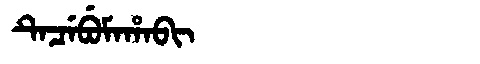
Manchu: ᡨᡝᠴᡝᠪᡠᠮᠠᡥᠠᠪᡳ
Romanization: TECEBUMAHABI